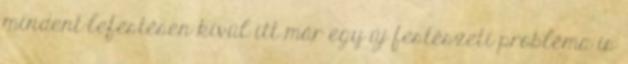
mindent-lefestésen kívül itt már egy új festészeti probléma is